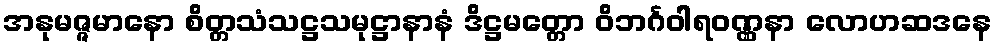
အနုမဇ္ဇမာနော စိတ္တသံသဋ္ဌသမုဋ္ဌာနာနံ ဒိဋ္ဌမတ္တော ဝိဘင်္ဂဝါရဝဏ္ဏနာ လောဟဆဒနေ